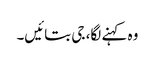
وہ کہنے لگا، جی بتائیں۔